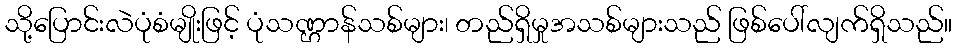
သို့ပြောင်းလဲပုံစံမျိုးဖြင့် ပုံသဏ္ဌာန်သစ်များ၊ တည်ရှိမှုအသစ်များသည် ဖြစ်ပေါ်လျက်ရှိသည်။